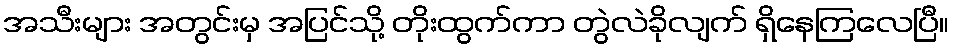
အသီးများ အတွင်းမှ အပြင်သို့ တိုးထွက်ကာ တွဲလဲခိုလျက် ရှိနေကြလေပြီ။